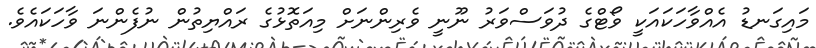
މައިގަނޑު އެއްވާހަކައަކީ ވޯޓްގެ ދުވަސްވަރު ނޫނީ ވެރިންނަށް މިއަތޮޅުގެ ރައްޔިތުން ނުފެންނަ ވާހަކައެވެ.